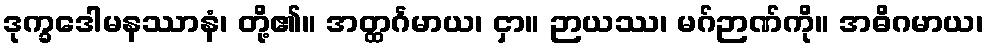
ဒုက္ခဒေါမနဿာနံ၊ တို့၏။ အတ္ထင်္ဂမာယ၊ ငှာ။ ဉာယဿ၊ မဂ်ဉာဏ်ကို။ အဓိဂမာယ၊